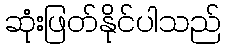
ဆုံးဖြတ်နိုင်ပါသည်